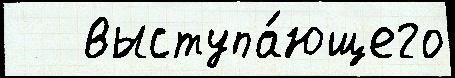
   выступа́ющего